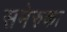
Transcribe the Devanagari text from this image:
समेरुका